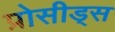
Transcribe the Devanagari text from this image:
प्रोसीड्स